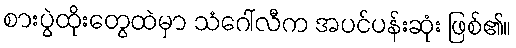
စားပွဲထိုးတွေထဲမှာ သံဂေါ်လီက အပင်ပန်းဆုံး ဖြစ်၏။